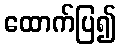
ထောက်ပြ၍